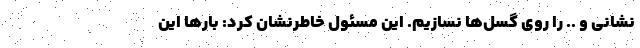
نشانی و .. را روی گسل‌ها نسازیم. این مسئول خاطرنشان کرد: بارها این